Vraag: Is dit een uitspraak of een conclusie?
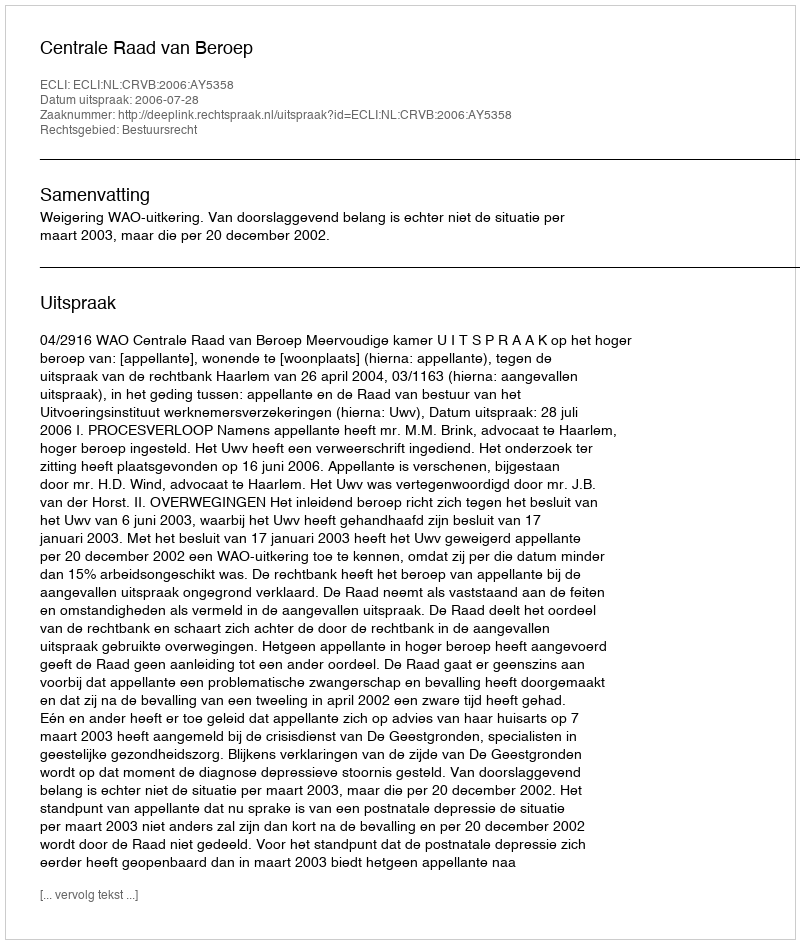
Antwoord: Uitspraak